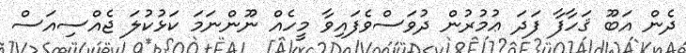
ދެން އަބޫ ޤަހާފާ ފަދަ ޢުމުރުން ދުވަސްވެފައިވާ މީހެއް ނޫންނަމަ ކަޅުކުލަ ޖެއްސިއަސް